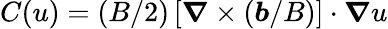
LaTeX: C(u)=(B/2)\left[\boldsymbol{\nabla}\times(\boldsymbol{b}/B)\right]\cdot\boldsymbol{\nabla}u